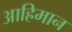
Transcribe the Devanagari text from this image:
आह्रिमान